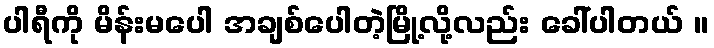
ပါရီကို မိန်းမပေါ အချစ်ပေါတဲ့မြို့လို့လည်း ခေါ်ပါတယ် ။